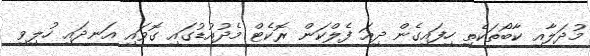
މުދަލާއި ކާބޯތަކެތި ހިފައިގެން ދިއަ ފެލްކަން ރޮކެޓް މެދުއުޑުގައި ގޮވައި އަނދައި ހުލިވި